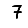
Digit: 7